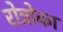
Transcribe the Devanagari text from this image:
रोत्रोका